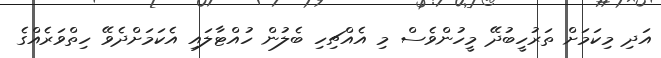
އަދި މިކަމަށް ތަރުހީބުދޭ މީހުންވެސް މި އެއްޗިހި ބެލުން ހުއްޓާލައި އެކަމަށްދެވޭ ހިތްވަރެއްގެ